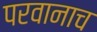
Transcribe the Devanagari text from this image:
परवानाच